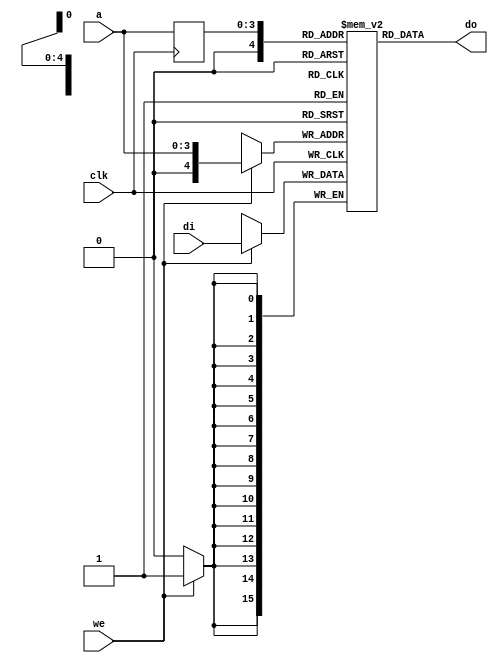
module data_memory (clk, we, a, di, do);

    input clk;
    input we;
    input [3:0] a;
    input [15:0] di;
    output [15:0] do;

    reg [15:0] RAM[0:31];
    reg [3:0] read_addr;

always @(posedge clk) begin
    if (we == 1'b1)
    begin
        RAM[a] <= di;
    end
    read_addr <= a;
end

    assign do = RAM[read_addr];

endmodule